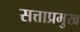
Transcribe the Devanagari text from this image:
सत्ताप्रमुख